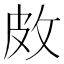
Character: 𪾇